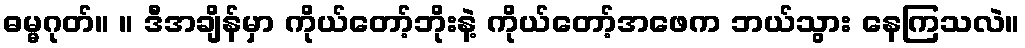
ဓမ္မဂုတ်။ ။ ဒီအချိန်မှာ ကိုယ်တော့်ဘိုးနဲ့ ကိုယ်တော့်အဖေက ဘယ်သွား နေကြသလဲ။